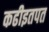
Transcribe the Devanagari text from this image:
कढीइतपत